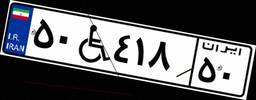
۲۰W۶۲۰۵۳